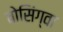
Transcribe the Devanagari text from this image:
बोसिंग्वा